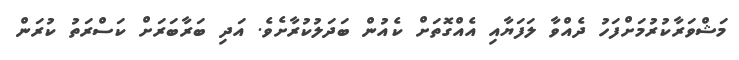
މަޝްވަރާކުރުމަށްފަހު ދެއްވާ ލަފަޔާއި އެއްގޮތަށް ކެއުން ބަދަލުކުރާށެވެ. އަދި ބަރާބަރަށް ކަސްރަތު ކުރަން